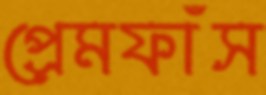
প্রেমফাঁস